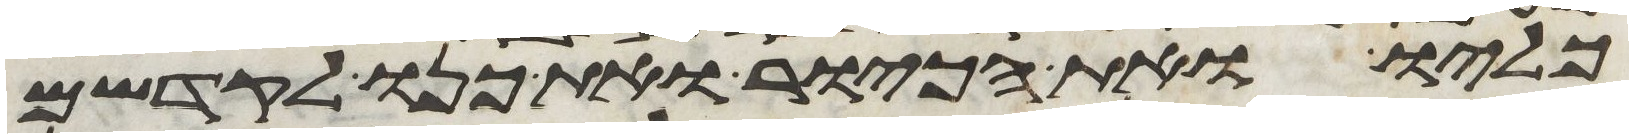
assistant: כליו ואת הכיור ואת כנו לקדשם